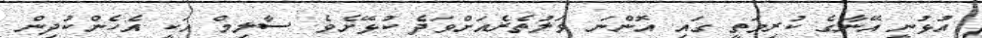
އުޅުނީ އޭނާގެ ކުރިމަތީ ގައި އޮންނަ ވަލުތެރެއަށްވަދެ ކުޅޭށެވެ. ސާލިމް އަކީ އެހެންކުދިން